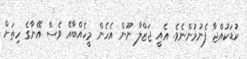
ކުޑަކުއްޖާ ފެނުމުންނެވެ. އެއީ ޖަޒްލާ ނޫން އެހެން މީހެއްބާއޭ ވެސް އޭނާގެ ހިތަށް